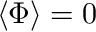
\langle \Phi \rangle = 0